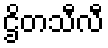
ဌိတသီလီ